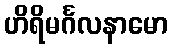
ဟိရိမင်္ဂလနာမော